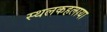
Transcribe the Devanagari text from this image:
स्थलकहलाया